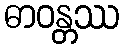
ဓာဝန္တဿ